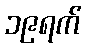
၁၉ရက်